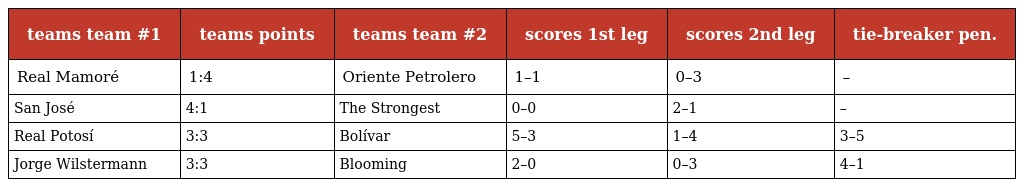
| teams team #1 | teams points | teams team #2 | scores 1st leg | scores 2nd leg | tie-breaker pen. |
 | --- | --- | --- | --- | --- | --- |
 | Real Mamoré | 1:4 | Oriente Petrolero | 1–1 | 0–3 | – |
 | San José | 4:1 | The Strongest | 0–0 | 2–1 | – |
 | Real Potosí | 3:3 | Bolívar | 5–3 | 1–4 | 3–5 |
 | Jorge Wilstermann | 3:3 | Blooming | 2–0 | 0–3 | 4–1 |